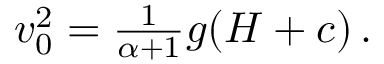
\begin{array} { r } { v _ { 0 } ^ { 2 } = \frac { 1 } { \alpha + 1 } g ( H + c ) \, . } \end{array}